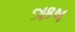
ઋષ